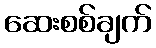
ဆေးစစ်ချက်